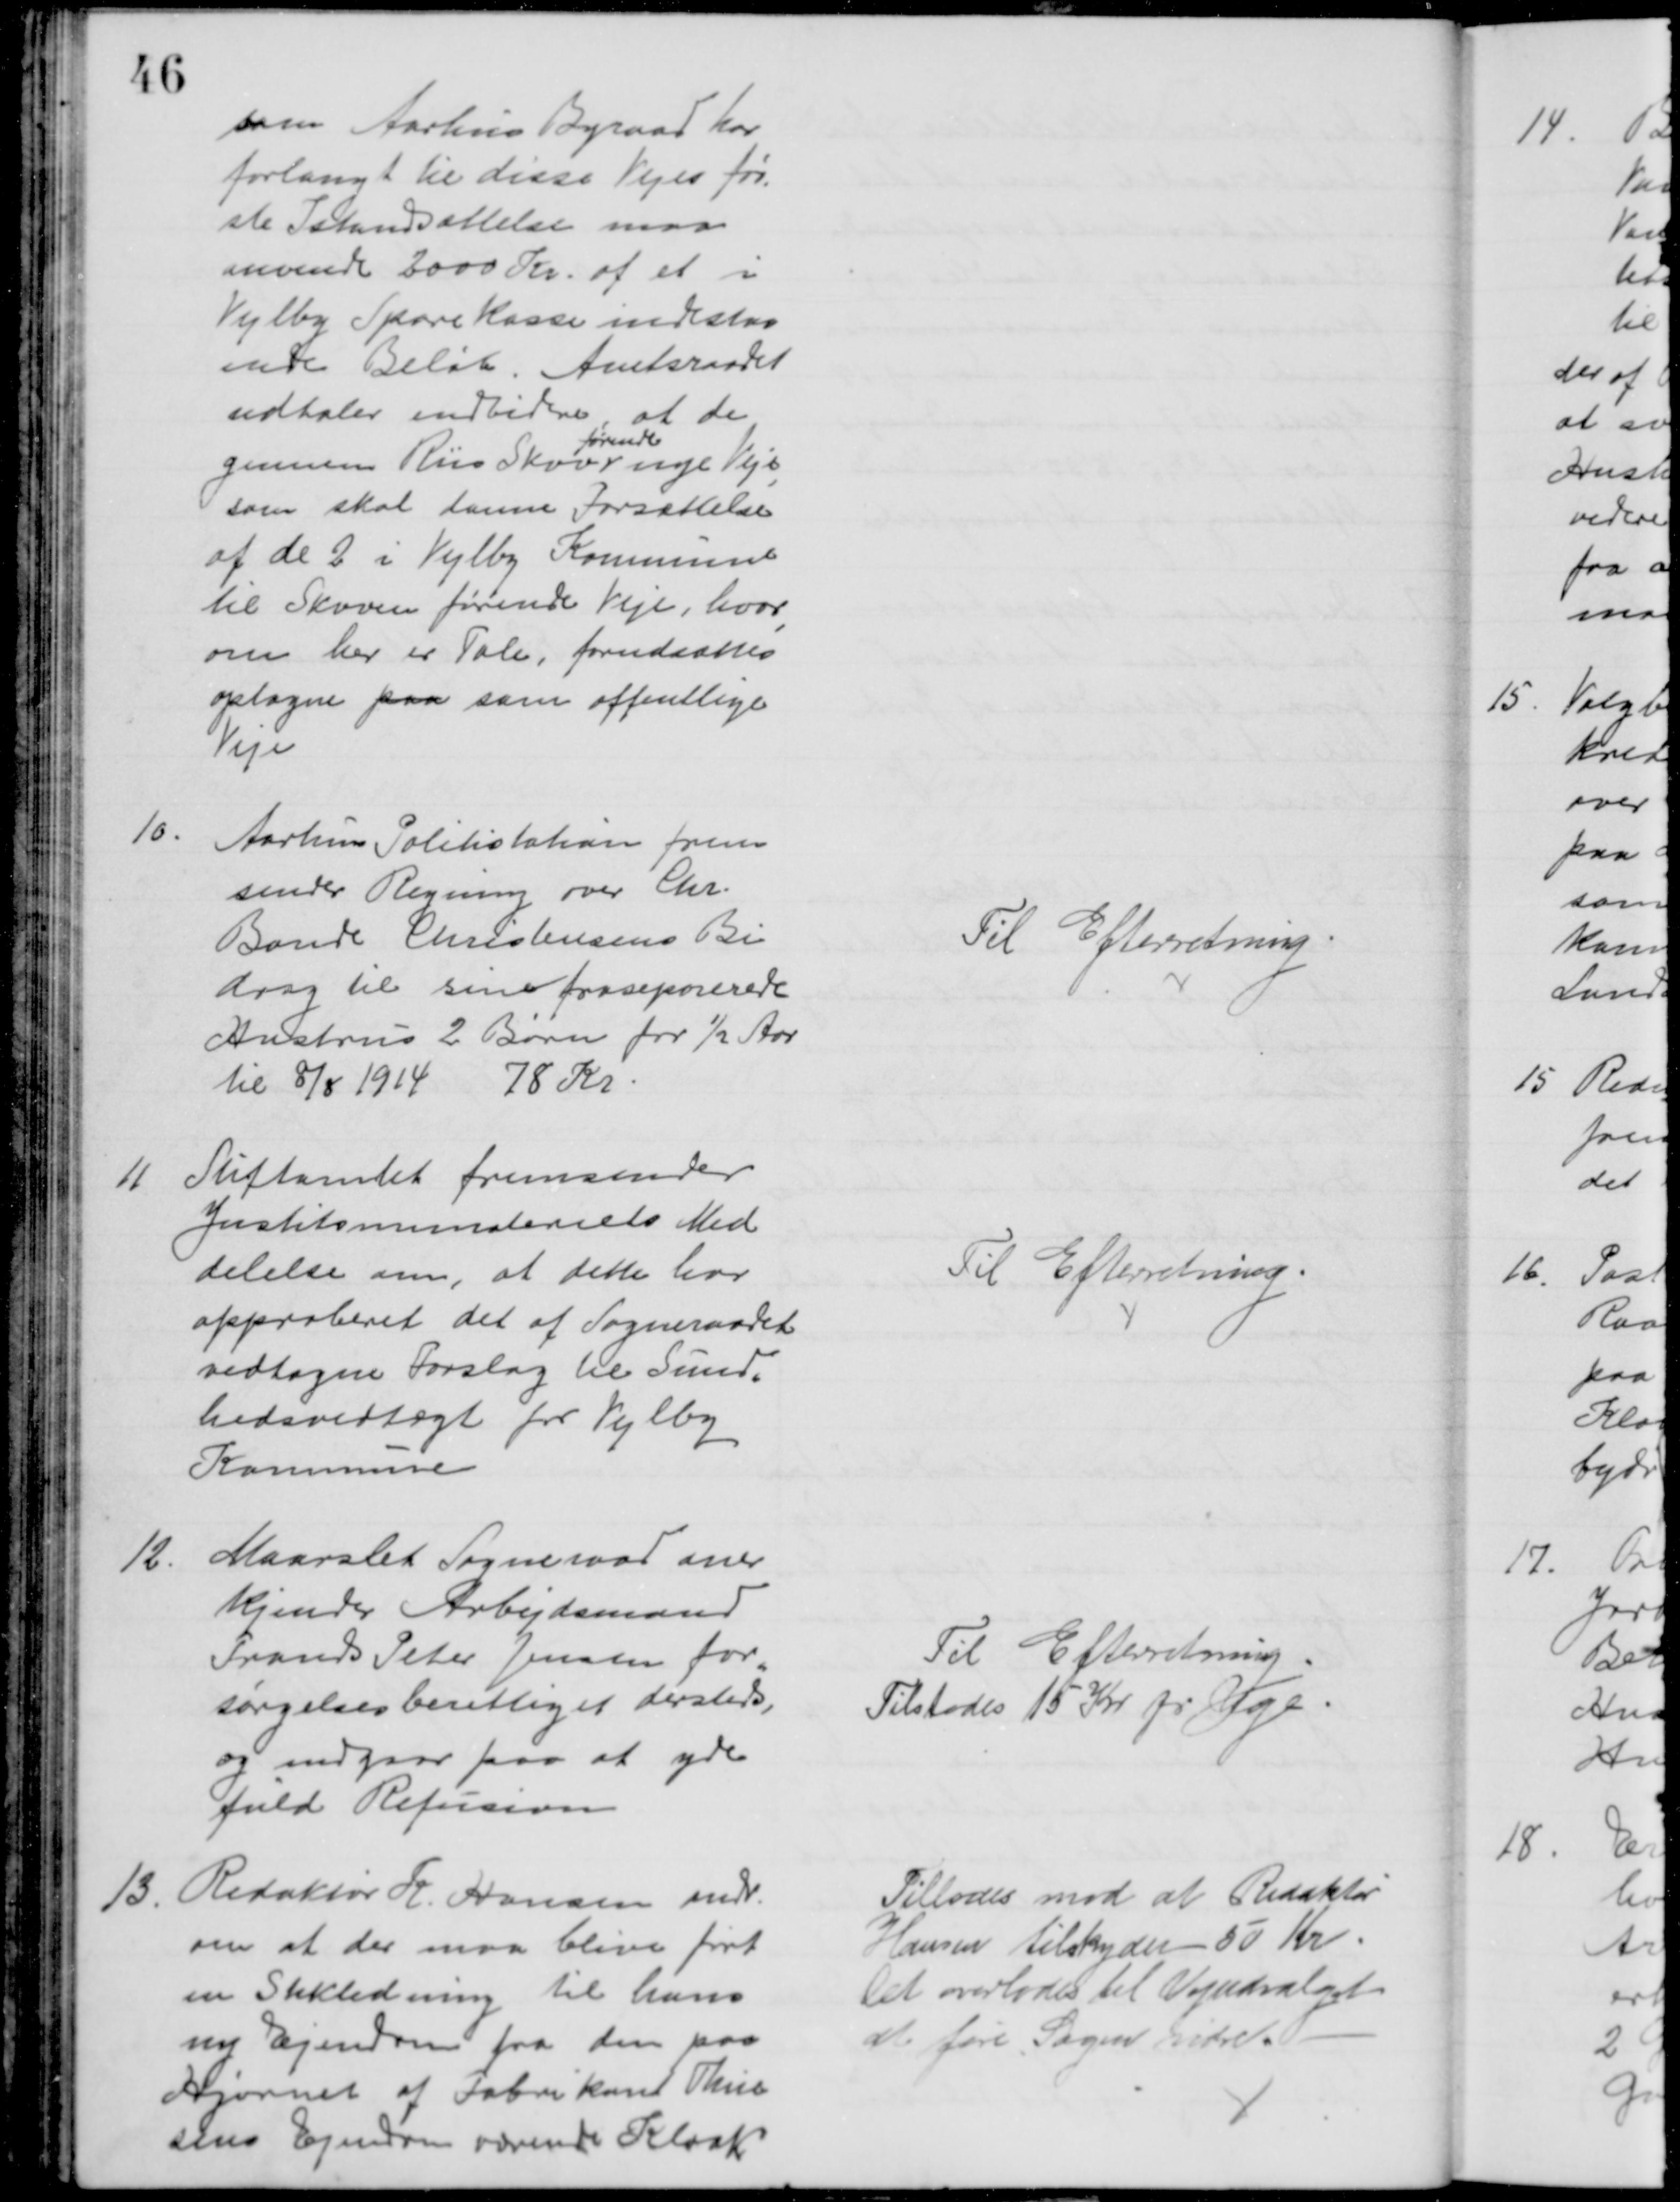
Transskription:
som Aarhus Byraad har 
forlangt til disse Vejes før
ste Istandsættelse maa
anvende 2000 Kr. af et i
Vejlby Sparekasse indestaa
ende Beløb. Amtsraadet
udtaler endvidere at de
gennem Riis Skov
førende
nye Veje,
som skal danne Forsættelse
af de 2 i Vejlby Kommune
til Skoven førende Veje, hvor
om her er Tale, forudsættes
optagne paa som offentlige
Veje
10.
Aarhus Politistation frem
sender Regning over Chr.
Bonde Christensens Bi
drag til sine fraseparerede
Hustrus 2 Børn for ½ Aar
til 8/8 1914 78 Kr.
Til Efterretning
11
Stiftamtet fremsender
Justitsministeriets Med
delelse om, at dette har 
approberet det af Sogneraadet
vedtagne Forslag til Sund=
hedsvedtægt for Vejlby
Kommune
Til Efterretning.
12. 
Maarslet Sogneraad aner
kjender Arbejdsmand
Frands Peter Jensen for
sørgelsesberettiget dersteds,
og indgaar paa at yde
fuld Refusion
Til Efterretning.
Tilstodes 15 Kr pr Uge
13.
Redaktør K. Hansen andr.
om at der maa blive ført
en Stikledning til hans
ny Ejendom fra den paa
Hjørnet af Fabrikant Thue
sens Ejendom værende Kloak
Tillodes mod at Redaktør
Hansen tilskyder 50 Kr
Det overlodes til Vejudvalget 
at føre Sagen vidre.